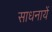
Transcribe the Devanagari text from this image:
साधनायें